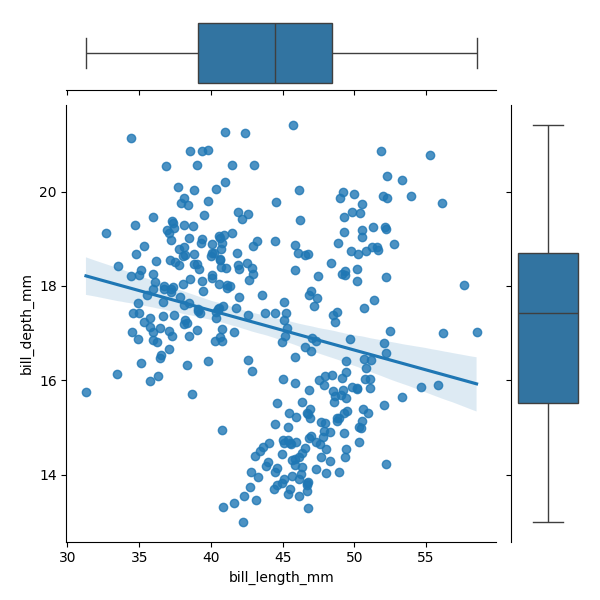
python, seaborn, JointGrid, regplot, boxplot